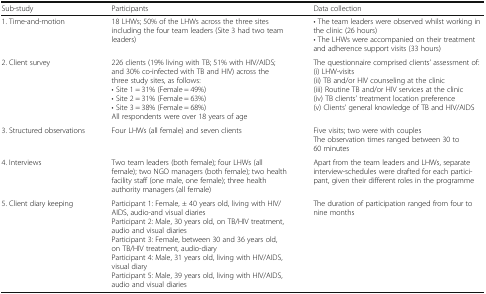
| Sub-study | Participants | Data collection |
 | --- | --- | --- |
 | 1. Time-and-motion | 18 LHWs; 50% of the LHWs across the three sites including the four team leaders (Site 3 had two team leaders) | • The team leaders were observed whilst working in the clinic (26 hours)• The LHWs were accompanied on their treatment and adherence support visits (33 hours) |
 | 2. Client survey | 226 clients (19% living with TB; 51% with HIV/AIDS; and 30% co-infected with TB and HIV) across the three study sites, as follows:• Site 1 = 31% (Female = 49%)• Site 2 = 31% (Female = 63%)• Site 3 = 38% (Female = 68%)All respondents were over 18 years of age | The questionnaire comprised clients’ assessment of:(i) LHW-visits(ii) TB and/or HIV counseling at the clinic(iii) Routine TB and/or HIV services at the clinic(iv) TB clients’ treatment location preference(v) Clients’ general knowledge of TB and HIV/AIDS |
 | 3. Structured observations | Four LHWs (all female) and seven clients | Five visits; two were with couplesThe observation times ranged between 30 to 60 minutes |
 | 4. Interviews | Two team leaders (both female); four LHWs (all female); two NGO managers (both female); two health facility staff (one male, one female); three health authority managers (all female) | Apart from the team leaders and LHWs, separate interview-schedules were drafted for each participant, given their different roles in the programme |
 | 5. Client diary keeping | Participant 1: Female, ± 40 years old, living with HIV/AIDS, audio-and visual diariesParticipant 2: Male, 30 years old, on TB/HIV treatment, audio and visual diariesParticipant 3: Female, between 30 and 36 years old, on TB/HIV treatment, audio-diaryParticipant 4: Male, 31 years old, living with HIV/AIDS, visual diaryParticipant 5: Male, 39 years old, living with HIV/AIDS, audio and visual diaries | The duration of participation ranged from four to nine months |